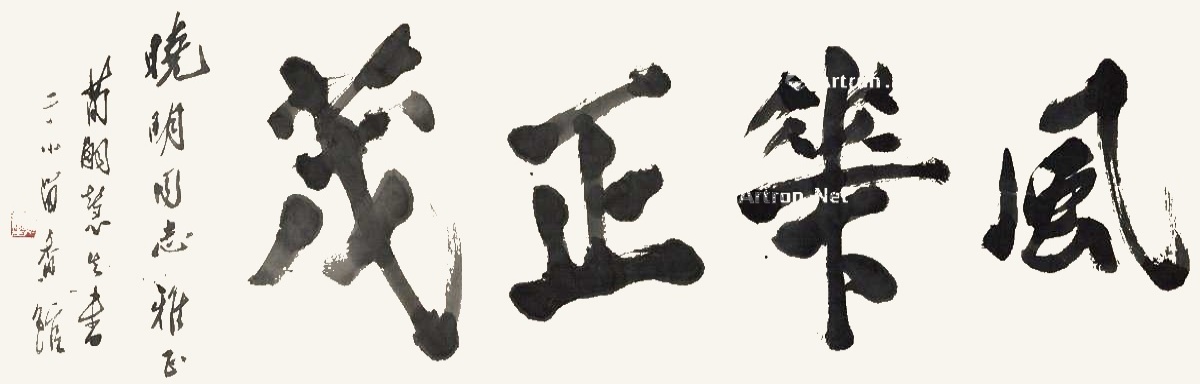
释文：风华正茂。晓明同志雅正，荀嗣慧生书于小留香馆。